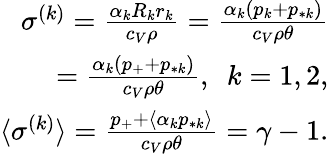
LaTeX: \begin{array}{r}{\sigma^{(k)}=\frac{\alpha_{k}R_{k}r_{k}}{c_{V}\rho}=\frac{\alpha_{k}(p_{k}+p_{*k})}{c_{V}\rho\theta}}\\ {=\frac{\alpha_{k}(p_{+}+p_{*k})}{c_{V}\rho\theta},\ \ k=1,2,}\\ {\langle\sigma^{(k)}\rangle=\frac{p_{+}+\langle\alpha_{k}p_{*k}\rangle}{c_{V}\rho\theta}=\gamma-1.}\end{array}